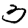
Digit: 3